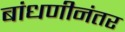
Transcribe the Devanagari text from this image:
बांधणीनंतर